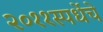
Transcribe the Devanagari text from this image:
२०११स्पर्धेचे